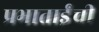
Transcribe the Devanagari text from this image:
प्रभाताईंची